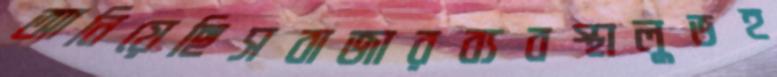
আনিয়েছিসবাজারব্যবস্থালুভহ